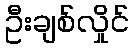
ဦးချစ်လှိုင်